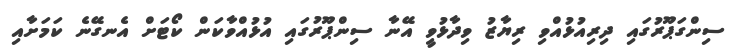
ސިންގަޕޫރުގައި ދިރިއުޅުއްވި ރިޔާޒު ވިދާޅުވީ އޭނާ ސިންޕޫރުގައި އުޅުއްވާކަން ކޯޓަށް އެނގޭނެ ކަމަށާއި